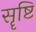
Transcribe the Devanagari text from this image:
सॄष्टि